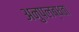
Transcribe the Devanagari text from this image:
अनुपलब्‍धता